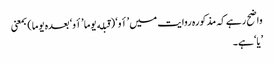
واضح رہے کہ مذکورہ روایت میں ’أو‘ (قبله یوما ’أو‘ بعدہ یوما) بمعنی
’یا‘ ہے۔